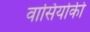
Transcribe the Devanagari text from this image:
वासिंयोकी